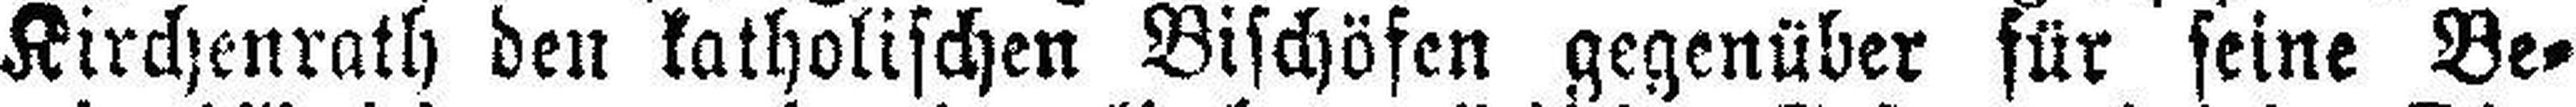
Kirchenrath den katholischen Bischöfen gegenüber für seine Be¬